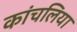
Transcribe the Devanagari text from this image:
कांचलिया